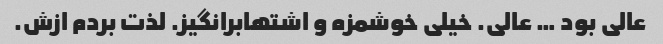
عالی بود … عالی. خیلی خوشمزه و اشتهابرانگیز. لذت بردم ازش.